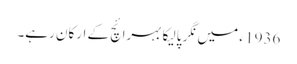
1936 ء میں نگر پالیکا بہرائچ کے ارکان رہے۔